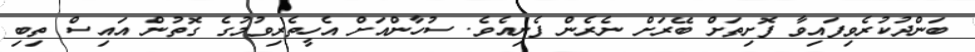
ބަންދުކުރެވިފައިވާ ފޮށިތަށް ބޭރަށް ނެރެން ފެށިއެވެ. ސުހާންއަށް އެހީތެރިވުމުގެ ގޮތުން އައިސް ތިބި